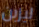
ليزبن